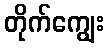
တိုက်ကျွေး